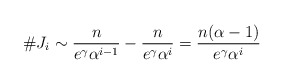
\begin{align*} \#J_i\sim \frac n{e^\gamma \alpha^{i-1}}-\frac n{e^\gamma\alpha^i}=\frac{n(\alpha-1)}{e^\gamma\alpha^i} \end{align*}